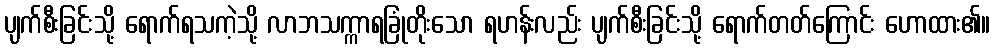
ပျက်စီးခြင်းသို့ ရောက်ရသကဲ့သို့ လာဘသက္ကာရခြုံတိုးသော ရဟန်းလည်း ပျက်စီးခြင်းသို့ ရောက်တတ်ကြောင်း ဟောထား၏။